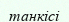
танкісі